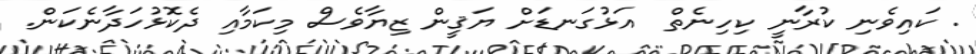
. ކައިވެނި ކުރާނީ ކިހިނެތް  އަޅުގަނޑަށް ޔަޤީން ޒިޔާވެސް މިކަމާއި ދެކޮޅުހަދާނެކަން.